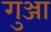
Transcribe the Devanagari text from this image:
गुञ्जा